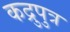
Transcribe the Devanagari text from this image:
कद्रुपुत्र